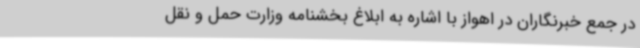
در جمع خبرنگاران در اهواز با اشاره به ابلاغ بخشنامه وزارت حمل و نقل